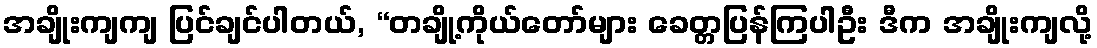
အချိုးကျကျ ပြင်ချင်ပါတယ်, “တချို့ကိုယ်တော်များ ခေတ္တပြန်ကြပါဦး ဒီက အချိုးကျလို့